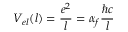
V _ { e l } ( l ) = \frac { e ^ { 2 } } { l } = \alpha _ { f } \frac { \hbar c } { l }